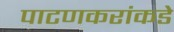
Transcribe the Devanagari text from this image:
पाटणकरांकडे